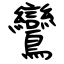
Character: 鸞